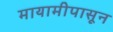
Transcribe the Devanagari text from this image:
मायामीपासून